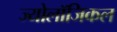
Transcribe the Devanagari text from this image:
ज्योलॉजिकल